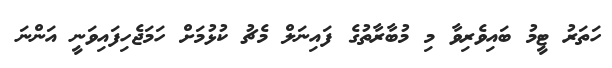
ހަތަރު ޓީމު ބައިވެރިވާ މި މުބާރާތުގެ ފައިނަލް މެޗު ކުޅުމަށް ހަމަޖެހިފައިވަނީ އަންނަ